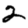
Digit: 2